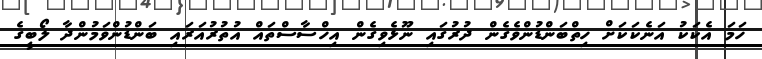
ހަމަ އެކަކު އަނެކަކަށް ހިތްބަންޑުންވެގެން ދުރުގައި ނޫޅެވިގެން އިހްސާސްތައް އުތުރުއަރައި ބަންޑުންވަމުންދާ ލޯބީގެ